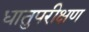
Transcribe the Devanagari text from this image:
धातुपरीक्षण